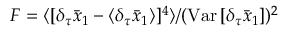
F = \langle [ \delta _ { \tau } \bar { x } _ { 1 } - \langle \delta _ { \tau } \bar { x } _ { 1 } \rangle ] ^ { 4 } \rangle / ( \mathrm { V a r } \, [ \delta _ { \tau } \bar { x } _ { 1 } ] ) ^ { 2 }